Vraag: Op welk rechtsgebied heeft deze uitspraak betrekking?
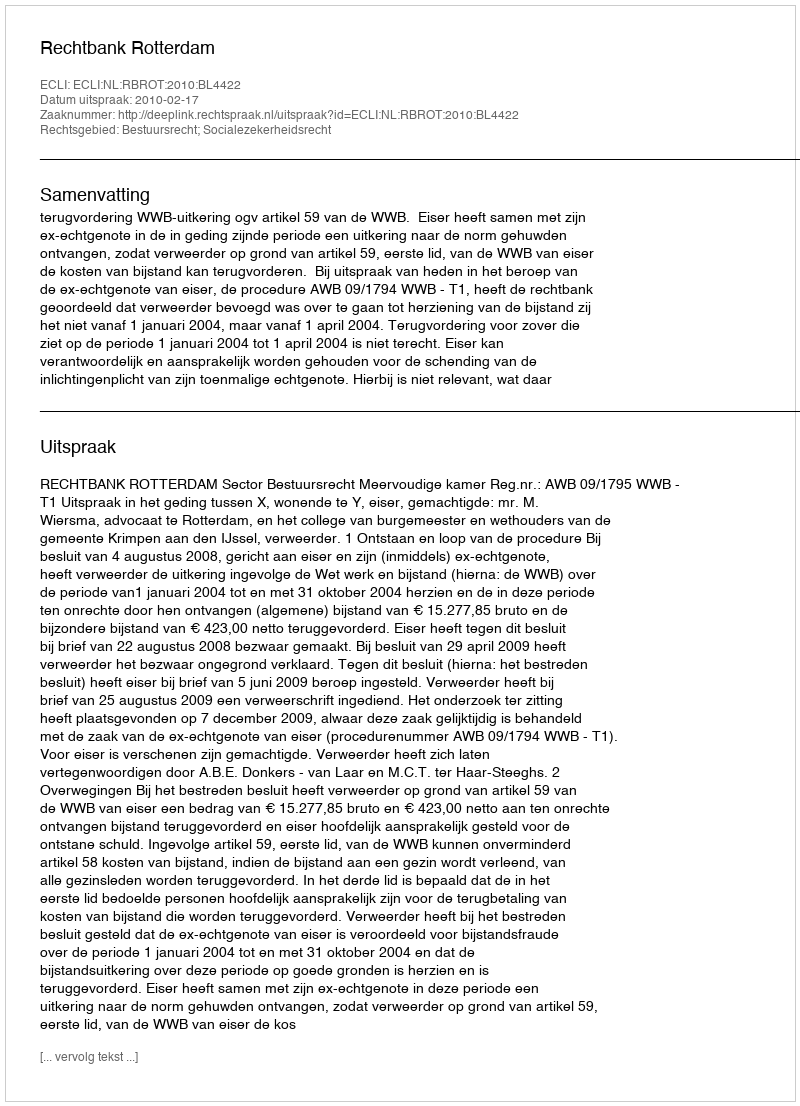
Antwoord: Bestuursrecht; Socialezekerheidsrecht